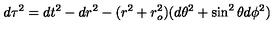
d \tau ^ { 2 } = d t ^ { 2 } - d r ^ { 2 } - ( r ^ { 2 } + r _ { o } ^ { 2 } ) ( d \theta ^ { 2 } + \sin ^ { 2 } \theta d \phi ^ { 2 } )